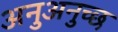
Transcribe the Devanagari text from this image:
अनुअनुच्छ